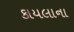
કાયલાના